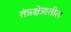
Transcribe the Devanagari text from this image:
तंत्रक्षेत्रातील